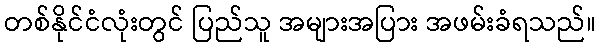
တစ်နိုင်ငံလုံးတွင် ပြည်သူ အများအပြား အဖမ်းခံရသည်။